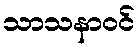
သာသနာဝင်